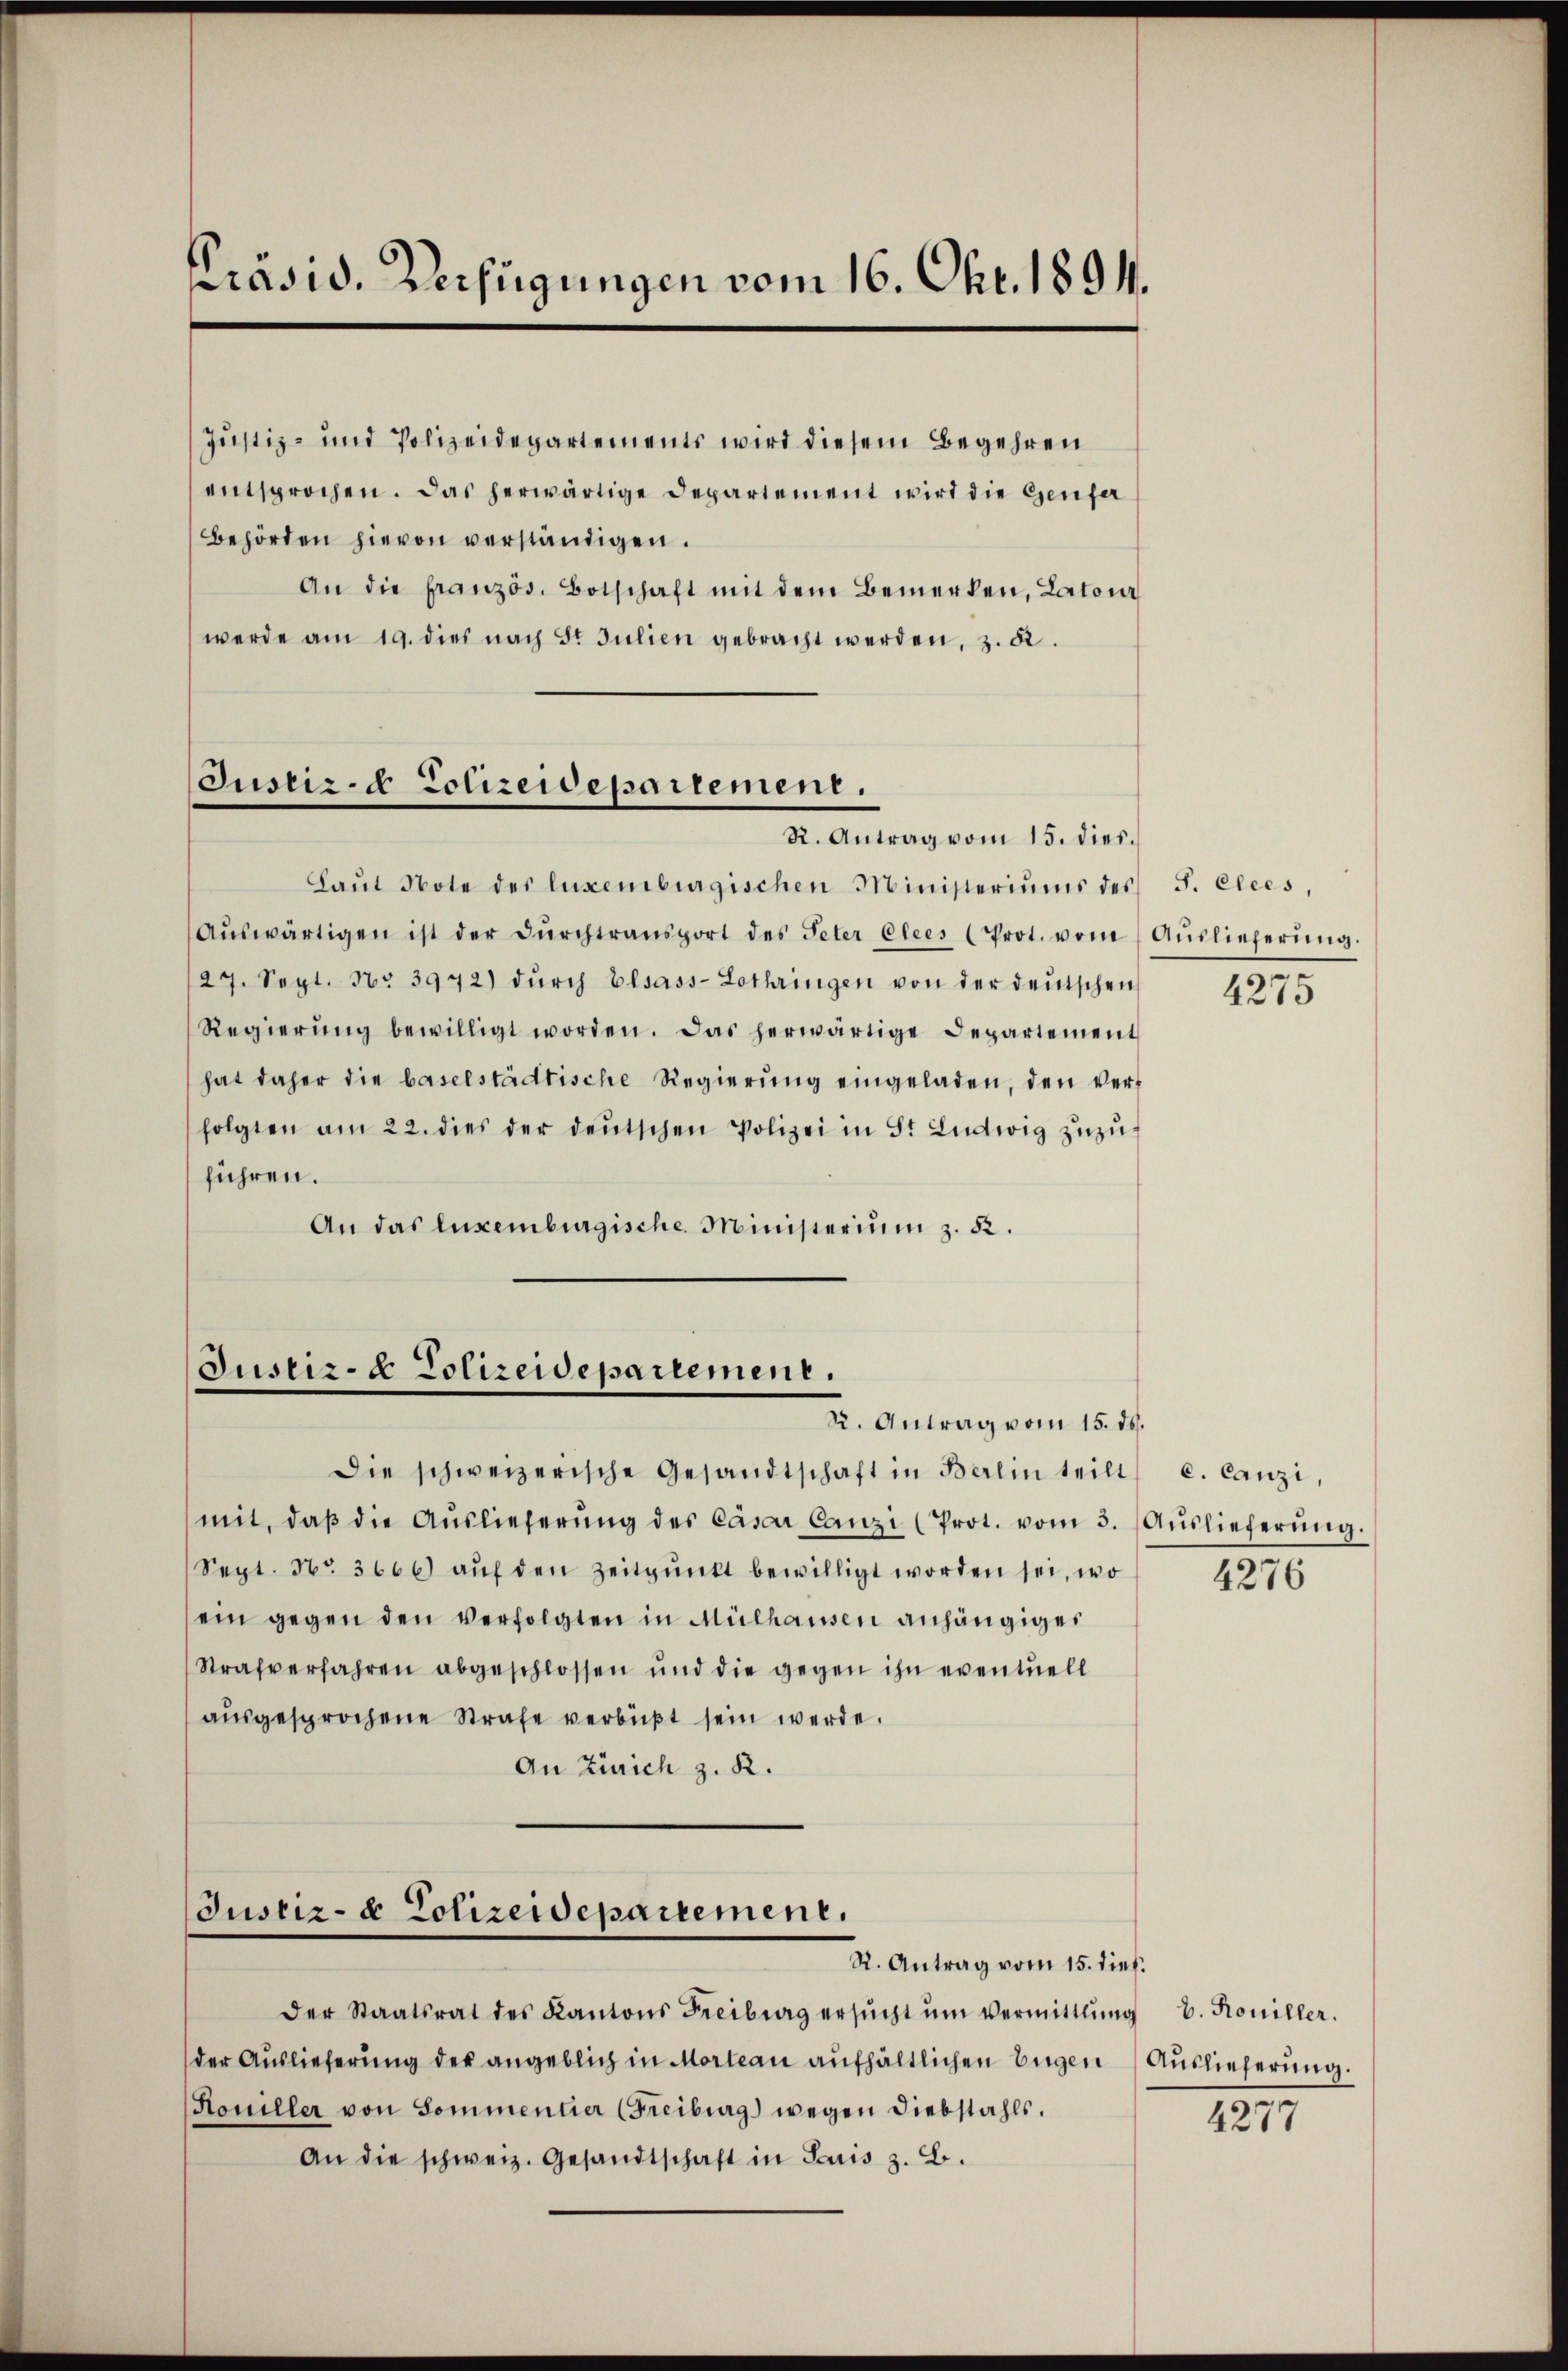
Präsid. Verfügungen vom 16. Okt. 1891.

Justiz- und Polizeidepartements wird diesem Begehren
entsprochen. Das herwärtige Departement wird die Genfe
Behörden hievon verständigen.
An die französ. Botschaft mit dem Bemerken, Laton
werde am 19. dies nach St. Julien gebracht werden, z. 52.

Justiz- & Polizeidepartement.
R. Antrag vom 15. dies.

Laŭt Note des luxenburgischen Ministeriums des J. Clees,

aŭswärtigen ist der Dŭrchtransport des Peter Elees (Prot. vom Aŭslieferŭng.
27. Sept. No 3972) dŭrch Elsass-Lothringen von der deutschen
Regierŭng bewilligt worden. Das herwärtige Departement
hat daher die baselstädtische Regierung eingeladen, den verfolgten am 22. dies der deŭtschen Polizei in St. Ludwig zŭzŭ-
führen.
An das Luxenburgische Ministerium z. 52.

Justiz- & Polizeidepartement.
R. Antrag vom 15. ds.

Die schweizerische Gesandtschaft in Berlin teilt c. Canzi,
mit, daβ die Auslieferŭng des Cäsar Canzi (Prot. vom 3.
Sept. No. 3666) aŭf den Zeitpŭnkt bewilligt worden sei, wo
ein gegen den verfolgten in Mülhausen anhängiger
Strafverfahren abgeschlossen und die gegen ihn eventuell
aŭsgesprochene Strafe verbüßt sein werde.
An Zürich z. R.

Justiz- & Polizeidepartement.
R. Antrag vom 15. dieß.

der Staatsrat des Kantons Freiburg ersŭcht ŭm Vermittlung b. Koniller.
der Auslieferung der angeblich in Morteau aufhältlichen Eugen Auslieferung.
Houiller von Sommentier (Freiburg wegen Diebstahls.
An die schweiz. Gesandtschaft in Juris z. B.

4275

Auslieferung.

4276

1277